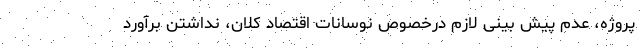
پروژه، عدم پیش بینی لازم درخصوص نوسانات اقتصاد کلان، نداشتن برآورد